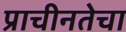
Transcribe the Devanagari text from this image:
प्राचीनतेचा